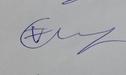
Signature authenticity: genuine